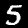
Label: 5